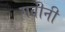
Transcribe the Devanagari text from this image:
गवीनी